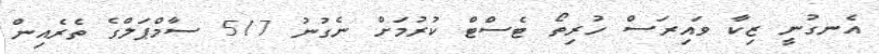
އެނގުނީ ޒިކާ ވައިރަސް ހުރިތޯ ޓެސްޓް ކުރުމަށް ނެގުނު 517 ސާމްޕަލްގެ ތެރެއިން